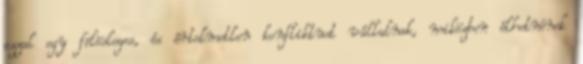
azzal egy fölösleges, és értelmetlen konfliktust vállalnak, miközben élhetnének